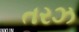
તરઝ